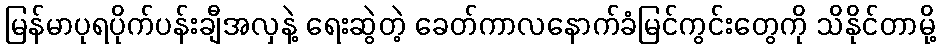
မြန်မာပုရပိုက်ပန်းချီအလှနဲ့ ရေးဆွဲတဲ့ ခေတ်ကာလနောက်ခံမြင်ကွင်းတွေကို သိနိုင်တာမို့